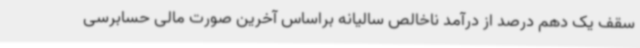
سقف یک دهم درصد از درآمد ناخالص سالیانه براساس آخرین صورت مالی حسابرسی